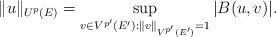
LaTeX: \begin{align*}\| u \|_{U^p(E)} = \sup_{v \in V^{p'}(E'): \| v \|_{V^{p'}(E')} = 1 } |B(u,v)|.\end{align*}